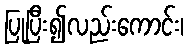
ပြုပြီး၍လည်းကောင်း၊